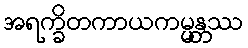
အရက္ခိတကာယကမ္မန္တဿ